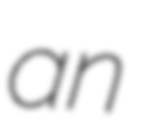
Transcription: an